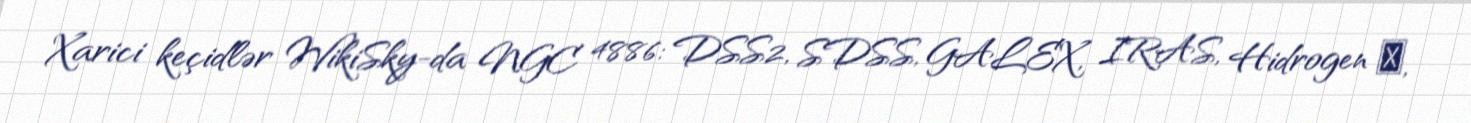
Xarici keçidlər WikiSky-da NGC 4886: DSS2, SDSS, GALEX, IRAS, Hidrogen α,